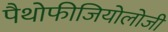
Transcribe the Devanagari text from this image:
पैथोफीजियोलोजी